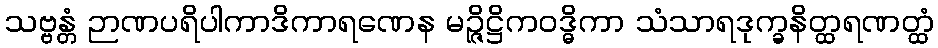
သဗ္ဗန္တံ ဉာဏပရိပါကာဒိကာရဏေန မဉ္ဇိဋ္ဌိကဝဒ္ဓိကာ သံသာရဒုက္ခနိတ္ထရဏတ္ထံ